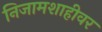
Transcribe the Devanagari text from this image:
निजामशाहीवर